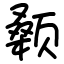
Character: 颡